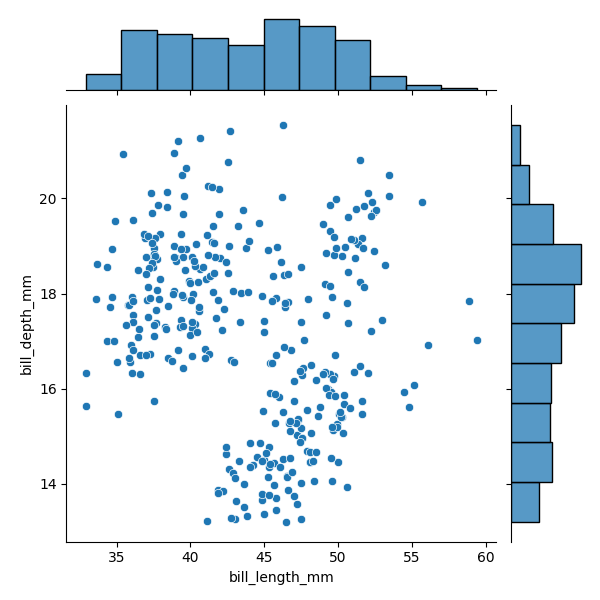
python, seaborn, JointGrid, scatterplot, histplot